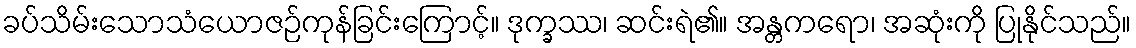
ခပ်သိမ်းသောသံယောဇဉ်ကုန်ခြင်းကြောင့်။ ဒုက္ခဿ၊ ဆင်းရဲ၏။ အန္တကရော၊ အဆုံးကို ပြုနိုင်သည်။